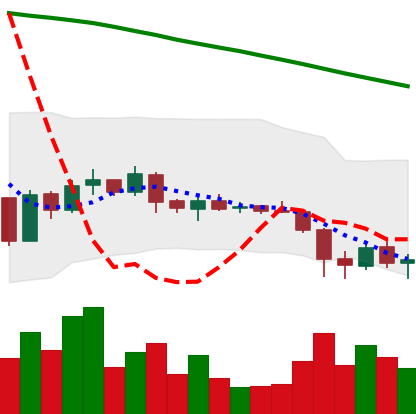
Ticker: ADA-USD
Chart end date: 2019-02-01
Forward return: -5.21%
Label: down_5_7